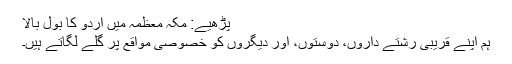
پڑھیے: مکّہ معظمہ میں اُردو کا بول بالا
ہم اپنے قریبی رشتے داروں، دوستوں، اور دیگروں کو خصوصی مواقع پر گلے لگاتے ہیں۔